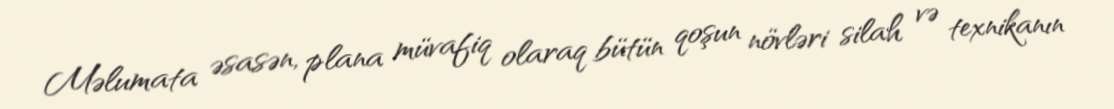
Məlumata əsasən, plana müvafiq olaraq bütün qoşun növləri silah və texnikanın